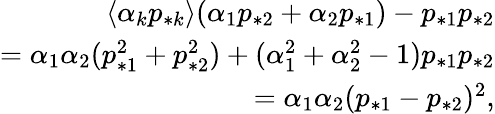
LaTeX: \begin{array}{r}{\langle\alpha_{k}p_{*k}\rangle(\alpha_{1}p_{*2}+\alpha_{2}p_{*1})-p_{*1}p_{*2}}\\ {=\alpha_{1}\alpha_{2}(p_{*1}^{2}+p_{*2}^{2})+(\alpha_{1}^{2}+\alpha_{2}^{2}-1)p_{*1}p_{*2}}\\ {=\alpha_{1}\alpha_{2}(p_{*1}-p_{*2})^{2},}\end{array}